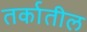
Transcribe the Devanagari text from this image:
तर्कातील